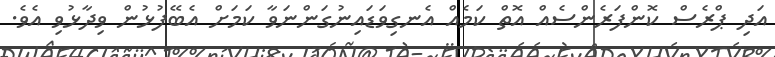
އަދި ޕްރެސް ކޮންފަރެންސެއް އޮތް ކަމެއް އެނގިވަޑައިނުގަންނަވާ ކަމަށް އެބޭފުޅުން ވިދާޅުވި އެވެ.